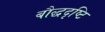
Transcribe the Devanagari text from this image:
बौद्धदृष्टि